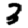
Digit: 3